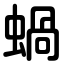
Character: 蝸